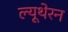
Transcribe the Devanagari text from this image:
ल्यूथेरन